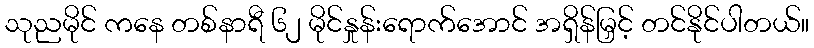
သုညမိုင် ကနေ တစ်နာရီ ၆၂ မိုင်နှုန်းရောက်အောင် အရှိန်မြှင့် တင်နိုင်ပါတယ်။